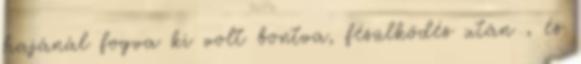
hajánál fogva ki volt bontva, fésülködés után , és